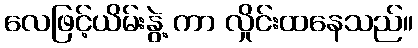
လေဖြင့်ယိမ်းနွဲ့ ကာ လှိုင်းထနေသည်။